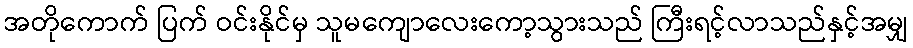
အတိုကောက် ပြက် ဝင်းနိုင်မှ သူမကျောလေးကော့သွားသည် ကြီးရင့်လာသည်နှင့်အမျှ